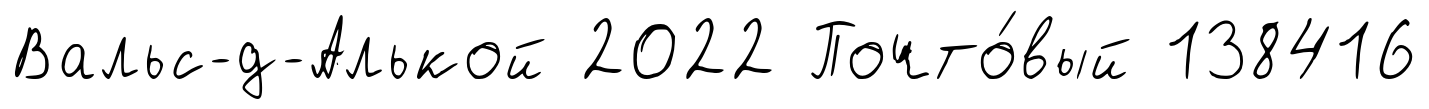
Вальс-д-Алькой 2022 Почто́вый 138416